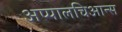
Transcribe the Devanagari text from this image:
अप्पालचिआन्स